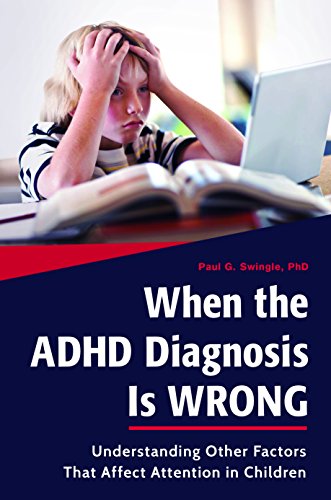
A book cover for When the ADHD Diagnosis Is Wrong: Understanding Other Factors That Affect Attention in Children; Paul G. Swingle; Health, Fitness & Dieting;